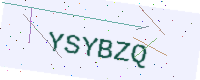
Text: YSYBZQ